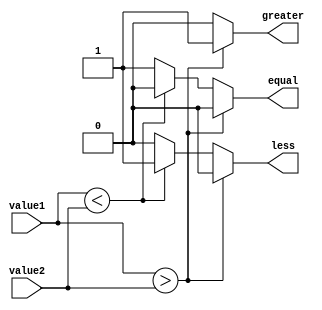
module Inequality_comparator(
    input [7:0] value1,
    input [7:0] value2,
    output reg greater,
    output reg less,
    output reg equal
);

always @* begin
    if(value1 > value2) begin
        greater <= 1;
        less <= 0;
        equal <= 0;
    end
    else if(value1 < value2) begin
        greater <= 0;
        less <= 1;
        equal <= 0;
    end
    else begin
        greater <= 0;
        less <= 0;
        equal <= 1;
    end
end

endmodule